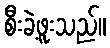
စီးခဲ့ဖူးသည်။